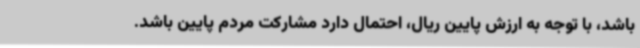
باشد، با توجه به ارزش پایین ریال، احتمال دارد مشارکت مردم پایین باشد.